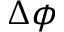
\Delta \phi